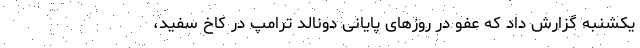
یکشنبه گزارش داد که عفو در روزهای پایانی دونالد ترامپ در کاخ سفید،